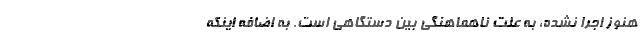
هنوز اجرا نشده، به‌ علت ناهماهنگی بین‌ دستگاهی است. به اضافه اینکه